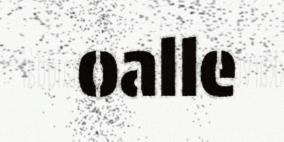
oalle